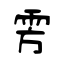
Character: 雱